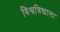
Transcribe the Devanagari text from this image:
विश्वविद्याला